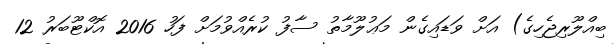
ބިއްލޫރިޖެހިގެ) އަށް ވަޑައިގެން މަޢުލޫމާތު ސާފު ކުރެއްވުމަށް ފަހު 2016 އޮކްޓޫބަރު 12